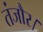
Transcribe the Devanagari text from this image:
तंजौर।